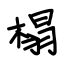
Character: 榻